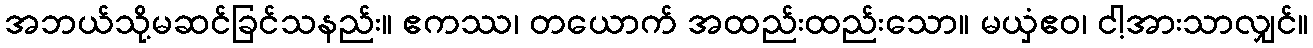
အဘယ်သို့မဆင်ခြင်သနည်း။ ဧကဿ၊ တယောက် အထည်းထည်းသော။ မယှံဧဝ၊ ငါ့အားသာလျှင်။